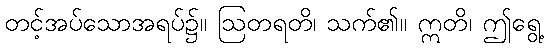
တင့်အပ်သောအရပ်၌။ ဩတရတိ၊ သက်၏။ ဣတိ၊ ဤရွေ့